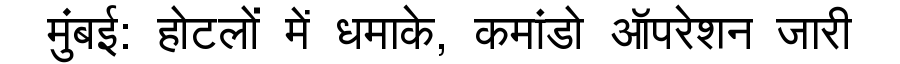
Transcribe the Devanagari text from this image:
मुंबई: होटलों में धमाके, कमांडो ऑपरेशन जारी